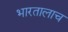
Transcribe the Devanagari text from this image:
भारतालाच